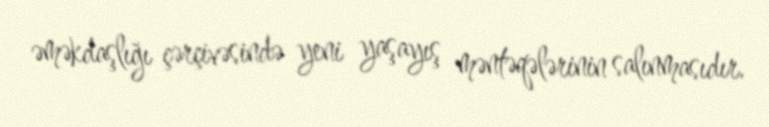
əməkdaşlığı çərçivəsində yeni yaşayış məntəqələrinin salınmasıdır.